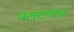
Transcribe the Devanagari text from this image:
पलटणच